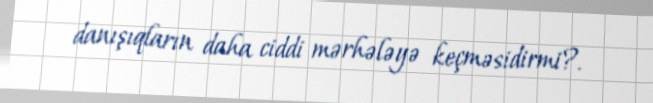
danışıqların daha ciddi mərhələyə keçməsidirmi?.